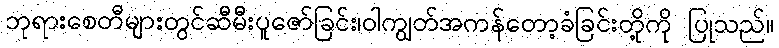
ဘုရားစေတီများတွင်ဆီမီးပူဇော်ခြင်း၊ဝါကျွတ်အကန်တော့ခံခြင်းတို့ကို ပြုသည်။